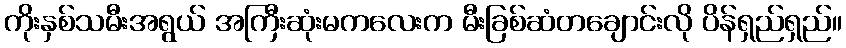
ကိုးနှစ်သမီးအရွယ် အကြီးဆုံးမကလေးက မီးခြစ်ဆံတချောင်းလို ပိန်ရှည်ရှည်။